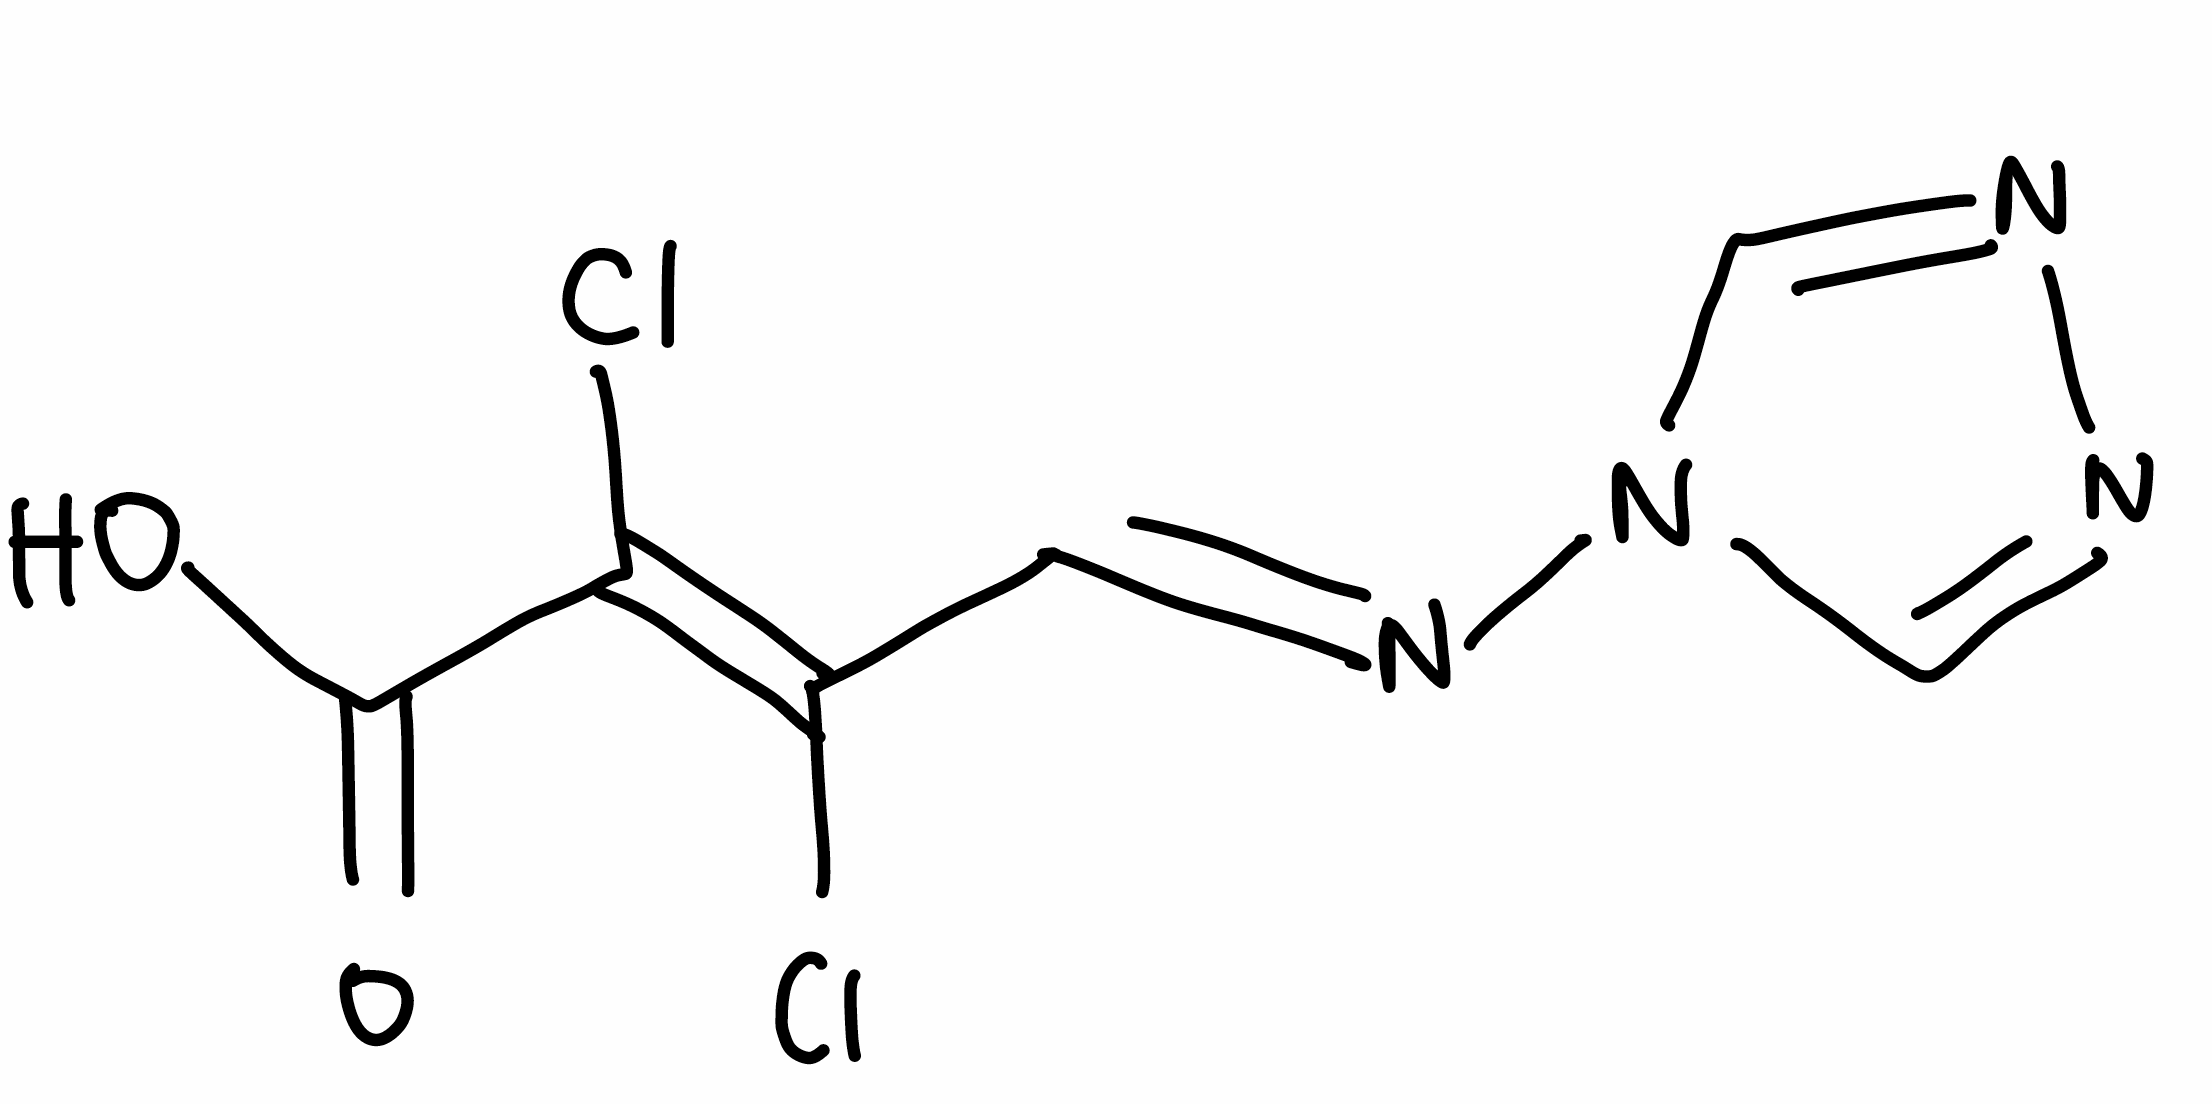
Simplified molecular-input line-entry system (SMILES) notation of the given molecule:
C1=NN=CN1/N=C/C(=C(/C(=O)O)\Cl)/Cl